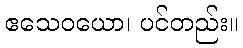
ဧသေဝယော၊ ပင်တည်း။